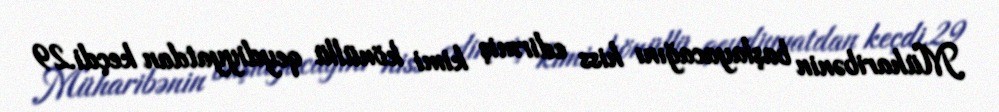
Müharibənin başlayacağını hiss edirmiş kimi könüllü qeydiyyatdan keçdi.29